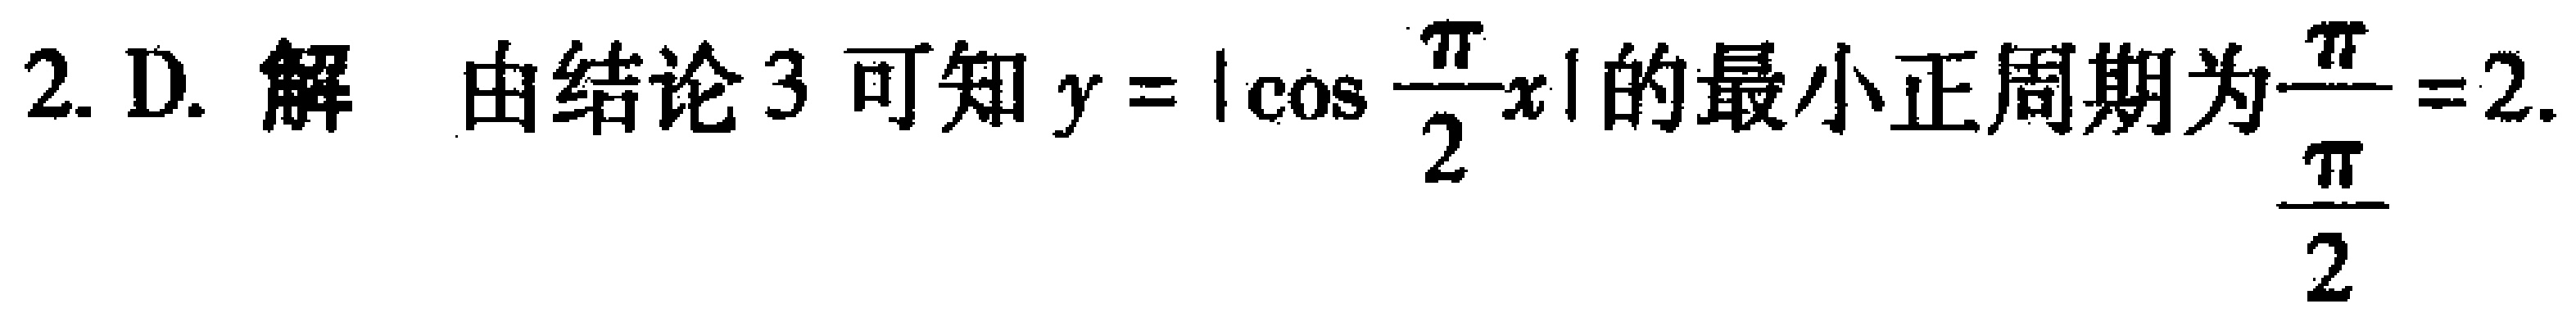
2. D. 解 由结论 3 可知 \(y = \left|\cos\frac{\pi}{2}x\right|\) 的最小正周期为\(\frac{\pi}{\frac{\pi}{2}} = 2\).